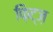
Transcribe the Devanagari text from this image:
फ़िट्ज़